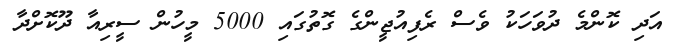
އަދި ކޮންމެ ދުވަހަކު ވެސް ރެފިއުޖީންގެ ގޮތުގައި 5000 މީހުން ސީރިއާ ދޫކޮށްދާ